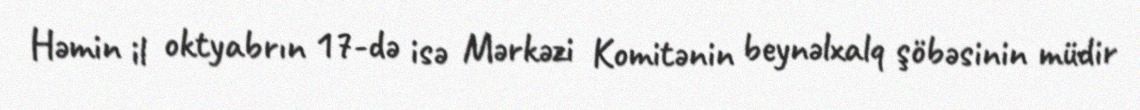
Həmin il oktyabrın 17-də isə Mərkəzi Komitənin beynəlxalq şöbəsinin müdir